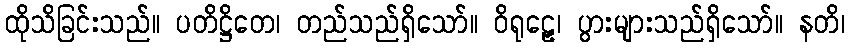
ထိုသိခြင်းသည်။ ပတိဋ္ဌိတေ၊ တည်သည်ရှိသော်။ ဝိရုဠှေ၊ ပွားများသည်ရှိသော်။ နတိ၊